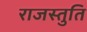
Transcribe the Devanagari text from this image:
राजस्तुति